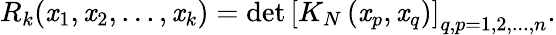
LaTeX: R_{k}(\mathit{x}_{1},\mathit{x}_{2},...,\mathit{x}_{k})=\operatorname*{det}\left[K_{N}\left(\mathit{x}_{p},\mathit{x}_{q}\right)\right]_{q,p=1,2,...,n}.